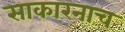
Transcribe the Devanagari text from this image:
साकारनाच